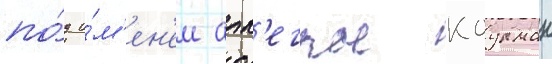
по́д и́м'ен'ем алл'егры коулман